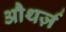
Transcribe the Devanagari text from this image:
औथर्ज़